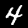
Label: 4